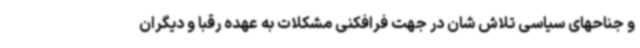
و جناحهای سیاسی تلاش شان در جهت فرافکنی مشکلات به عهده رقبا و دیگران